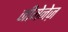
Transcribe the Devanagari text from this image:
जीमेनेज़